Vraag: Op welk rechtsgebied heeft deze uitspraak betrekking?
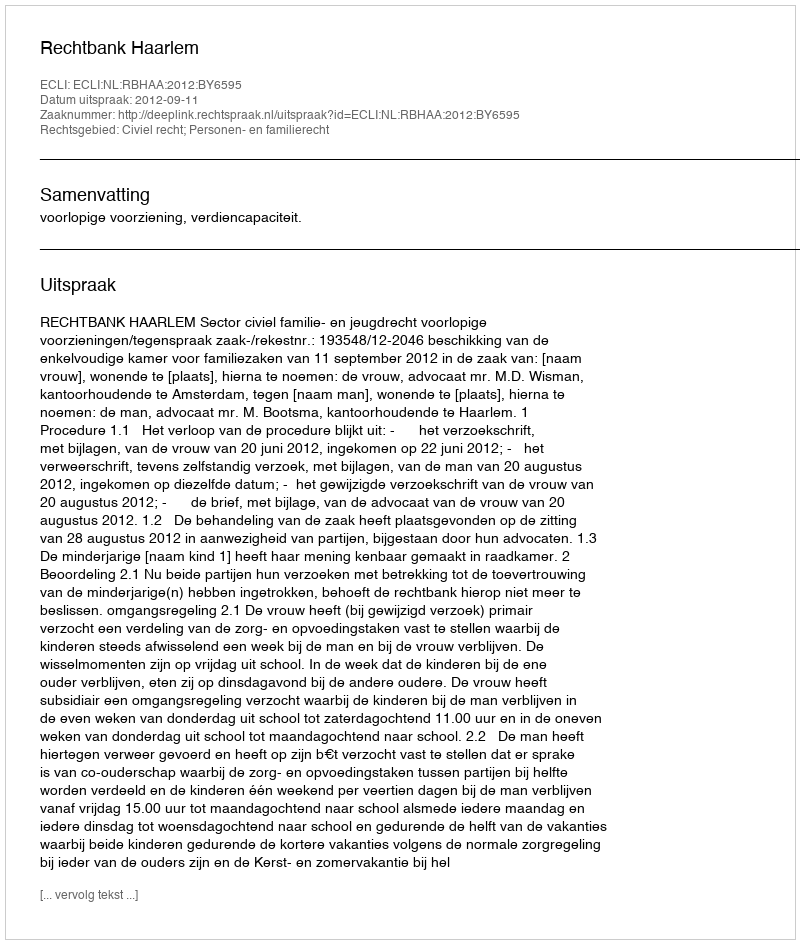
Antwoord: Civiel recht; Personen- en familierecht